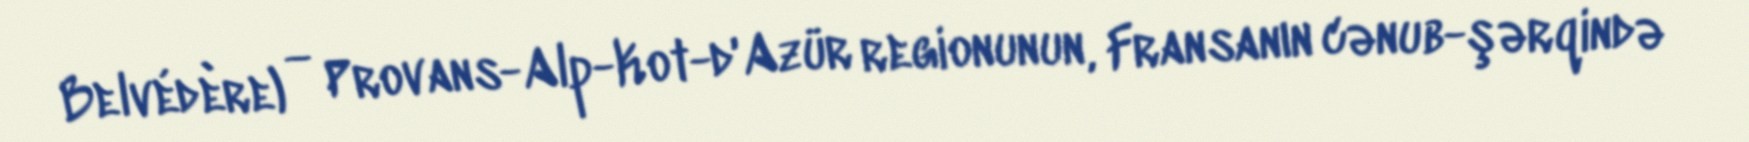
Belvédère) — Provans-Alp-Kot-d'Azür regionunun, Fransanın cənub-şərqində